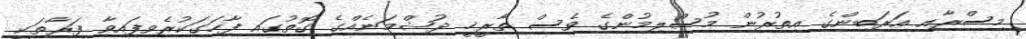
މިސްރާއި ޢަރަބިންގެ އިތުރުން މުސްލިމުންގެ ވެސް ތާރީޚީ ދުޝްމަނެއްގެ ގޮތުގައި ފާހަގަކުރެވިފައިވާ ފަރާތަކީ